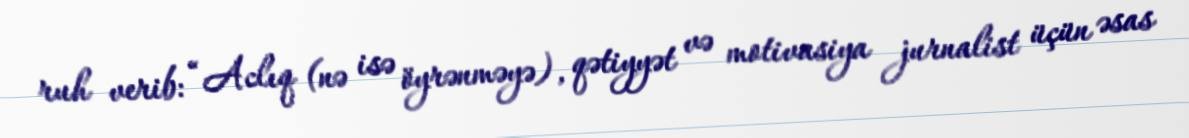
ruh verib: “Aclıq (nə isə öyrənməyə), qətiyyət və motivasiya jurnalist üçün əsas